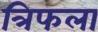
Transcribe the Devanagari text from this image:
त्रिफला